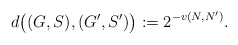
\begin{align*}d\bigl((G,S),(G',S')\bigr):=2^{-v(N,N')}.\end{align*}